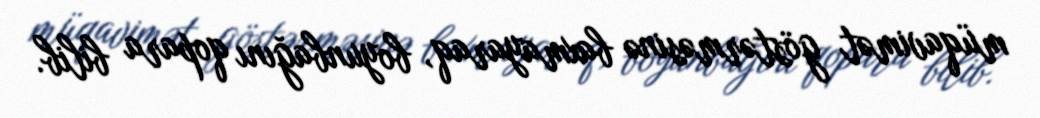
müqavimət göstərməsinə baxmayaraq, boyunbağını qopara bilib.